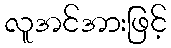
လူအင်အားဖြင့်